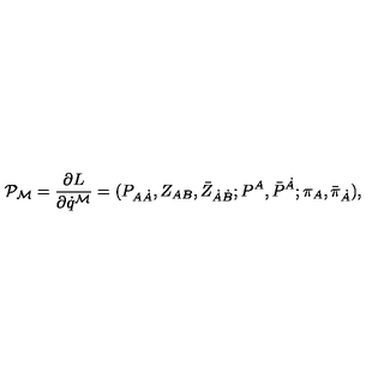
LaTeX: { \cal P } _ { { \cal M } } = { \frac { \partial L } { \partial \dot { q } ^ { { \cal M } } } } = ( P _ { A \dot { A } } , Z _ { A B } , \bar { Z } _ { \dot { A } \dot { B } } ; P ^ { A } , \bar { P } ^ { \dot { A } } ; \pi _ { A } , \bar { \pi } _ { \dot { A } } ) ,